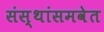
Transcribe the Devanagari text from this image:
संस्थांसमवेत